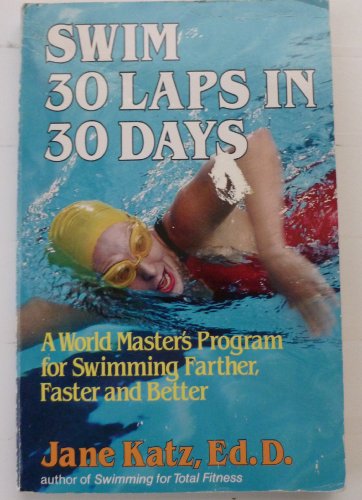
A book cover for Swim Thirty Laps in Thirty Days - A World Master's Program for Swimming Farther, Faster and Better; Ed.D. Jane Katz; Health, Fitness & Dieting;